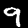
Digit: 9